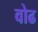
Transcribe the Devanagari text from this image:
वोढ